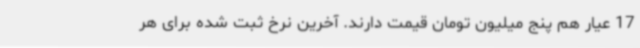
17 عیار هم پنج میلیون تومان قیمت دارند. آخرین نرخ ثبت شده برای هر